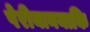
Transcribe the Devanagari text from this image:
पेरीयानयाकि